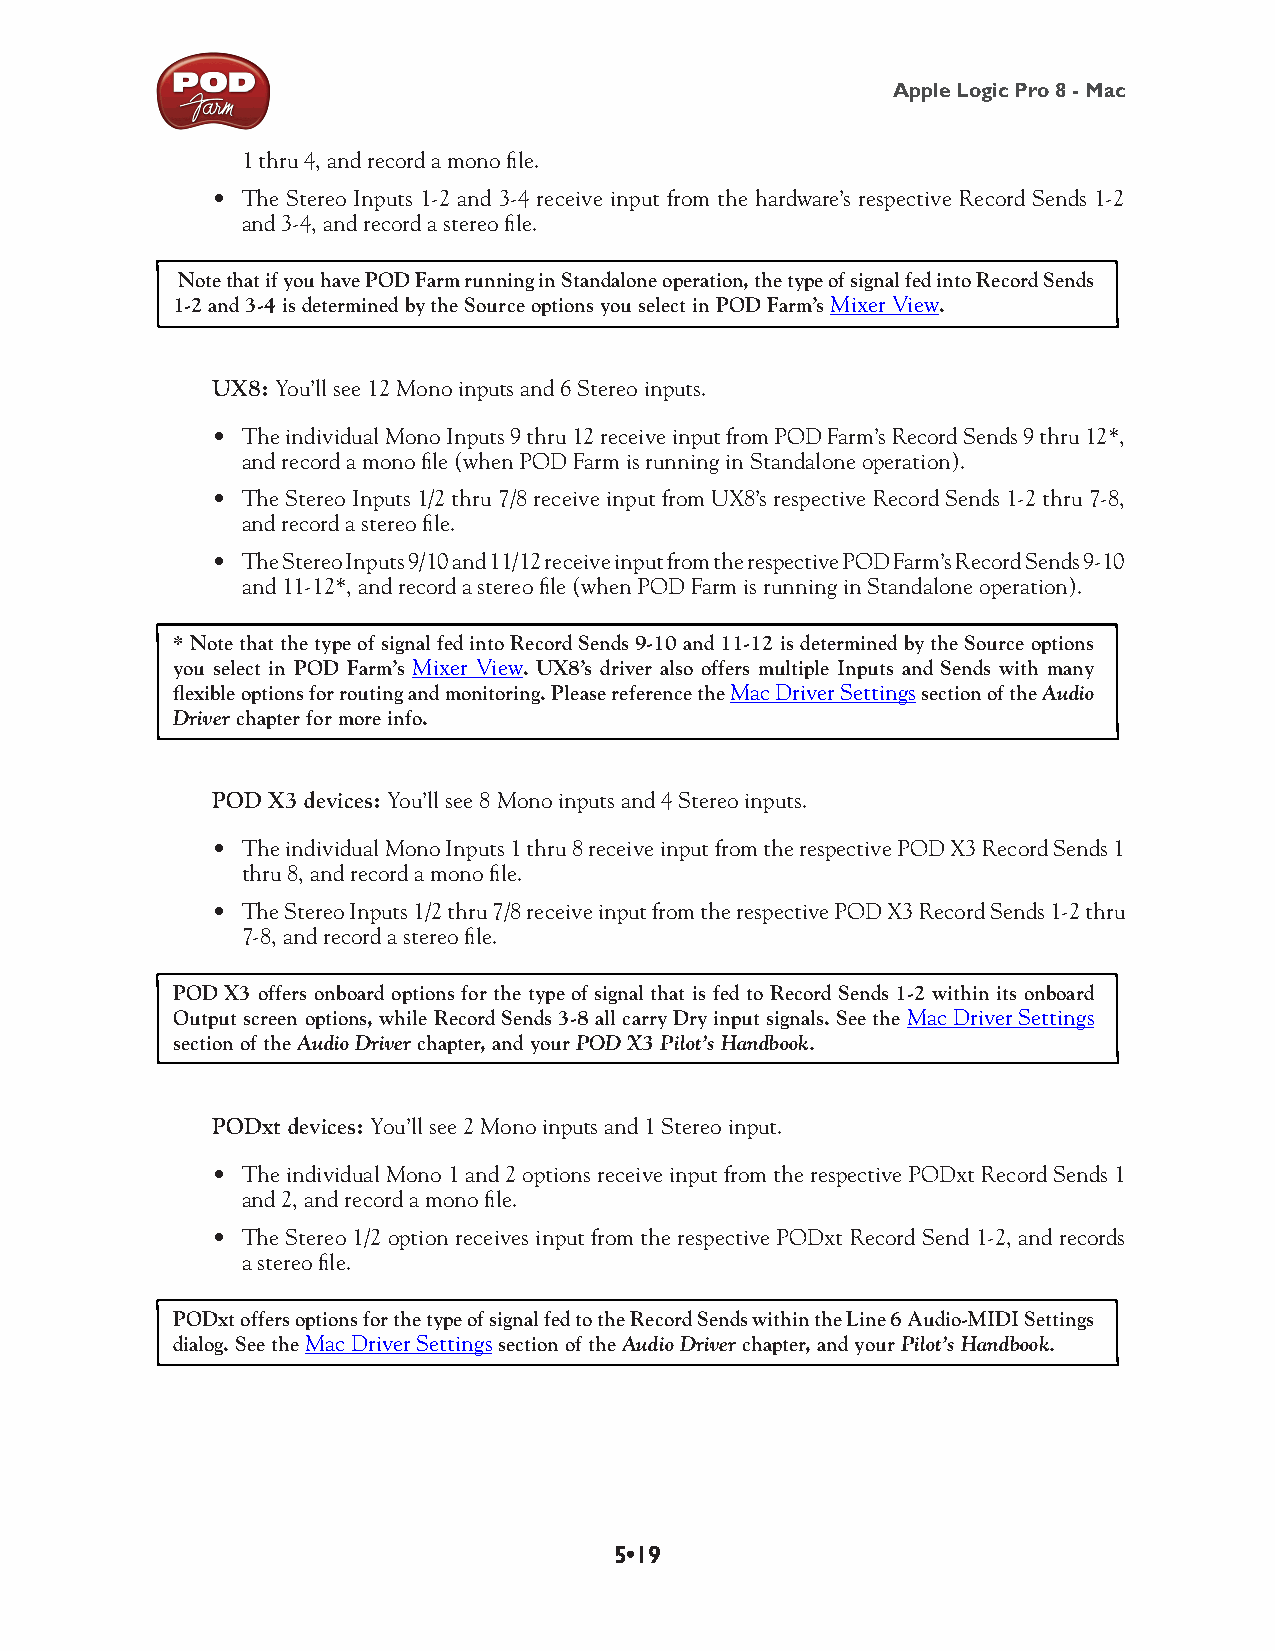
Apple Logic Pro 8 - Mac
 1 thru 4, and record a mono file.
 • The Stereo Inputs 1-2 and 3-4 receive input from the hardware’s respective Record Sends 1-2
 and 3-4, and record a stereo file.
 Note that if you have POD Farm running in Standalone operation, the type of signal fed into Record Sends
 1-2 and 3-4 is determined by the Source options you select in POD Farm’s Mixer View.
 UX8: You’ll see 12 Mono inputs and 6 Stereo inputs.
 • The individual Mono Inputs 9 thru 12 receive input from POD Farm’s Record Sends 9 thru 12*,
 and record a mono file (when POD Farm is running in Standalone operation).
 • The Stereo Inputs 1/2 thru 7/8 receive input from UX8’s respective Record Sends 1-2 thru 7-8,
 and record a stereo file.
 • The Stereo Inputs 9/10 and 11/12 receive input from the respective POD Farm’s Record Sends 9-10
 and 11-12*, and record a stereo file (when POD Farm is running in Standalone operation).
 * Note that the type of signal fed into Record Sends 9-10 and 11-12 is determined by the Source options
 you select in POD Farm’s Mixer View. UX8’s driver also offers multiple Inputs and Sends with many
 flexible options for routing and monitoring. Please reference the Mac Driver Settings section of the Audio
 Driver chapter for more info.
 POD X3 devices: You’ll see 8 Mono inputs and 4 Stereo inputs.
 • The individual Mono Inputs 1 thru 8 receive input from the respective POD X3 Record Sends 1
 thru 8, and record a mono file.
 • The Stereo Inputs 1/2 thru 7/8 receive input from the respective POD X3 Record Sends 1-2 thru
 7-8, and record a stereo file.
 POD X3 offers onboard options for the type of signal that is fed to Record Sends 1-2 within its onboard
 Output screen options, while Record Sends 3-8 all carry Dry input signals. See the Mac Driver Settings
 section of the Audio Driver chapter, and your POD X3 Pilot’s Handbook.
 PODxt devices: You’ll see 2 Mono inputs and 1 Stereo input.
 • The individual Mono 1 and 2 options receive input from the respective PODxt Record Sends 1
 and 2, and record a mono file.
 • The Stereo 1/2 option receives input from the respective PODxt Record Send 1-2, and records
 a stereo file.
 PODxt offers options for the type of signal fed to the Record Sends within the Line 6 Audio-MIDI Settings
 dialog. See the Mac Driver Settings section of the Audio Driver chapter, and your Pilot’s Handbook.
 5•19